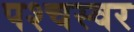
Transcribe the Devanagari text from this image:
पश्चस्वर